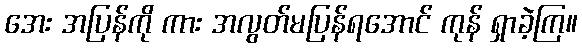
အေး အပြန်ကို ကား အလွတ်မပြန်ရအောင် ကုန် ရှာခဲ့ကြ။